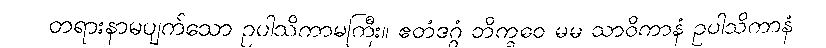
တရားနာမပျက်သော ဥပါသိကာမကြီး။ ဧတံဒဂ္ဂံ ဘိက္ခဝေ မမ သာဝိကာနံ ဥပါသိကာနံ